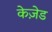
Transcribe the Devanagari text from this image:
केज़ेड